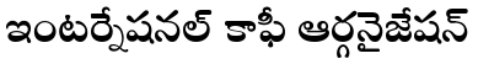
ఇంటర్నేషనల్ కాఫీ ఆర్గనైజేషన్